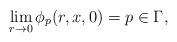
LaTeX: \begin{align*} \lim_{r\to 0}\phi_p(r,x,0)=p\in \Gamma, \end{align*}